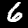
Digit: 6